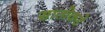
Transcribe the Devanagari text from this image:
सातोकडे